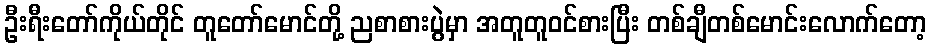
ဦးရီးတော်ကိုယ်တိုင် တူတော်မောင်တို့ ညစာစားပွဲမှာ အတူတူဝင်စားပြီး တစ်ချီတစ်မောင်းလောက်တော့